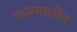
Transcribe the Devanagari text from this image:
पध्यमालीन